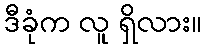
ဒီခုံက လူ ရှိလား။